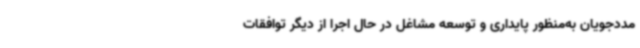
مددجویان به‌منظور پایداری و توسعه مشاغل در حال اجرا از دیگر توافقات